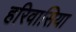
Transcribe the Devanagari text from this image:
हरिवासिया